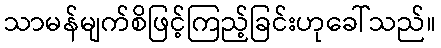
သာမန်မျက်စိဖြင့်ကြည့်ခြင်းဟုခေါ်သည်။